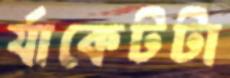
র‍্যাকেটটা